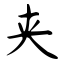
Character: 夹